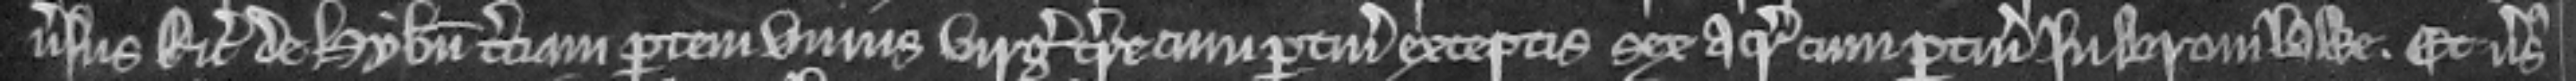
versus Ricardum de Hybernia terciam partem unius virgate terre cum pertinenciis exceptis sex acris cum pertinenciis in Bromlawe. Et versus